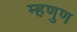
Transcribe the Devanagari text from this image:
म्हणुण